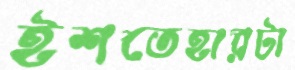
ইশতেহারটা